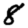
Digit: 8